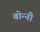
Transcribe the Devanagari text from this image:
बोन्‍नी